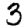
Digit: 3